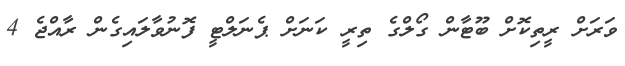
ވަރަށް ރީތިކޮށް ބޫޓާން ގޯލްގެ ތިރީ ކަނަށް ޕެނަލްޓީ ފޮނުވާލައިގެން ރާއްޖެ 4